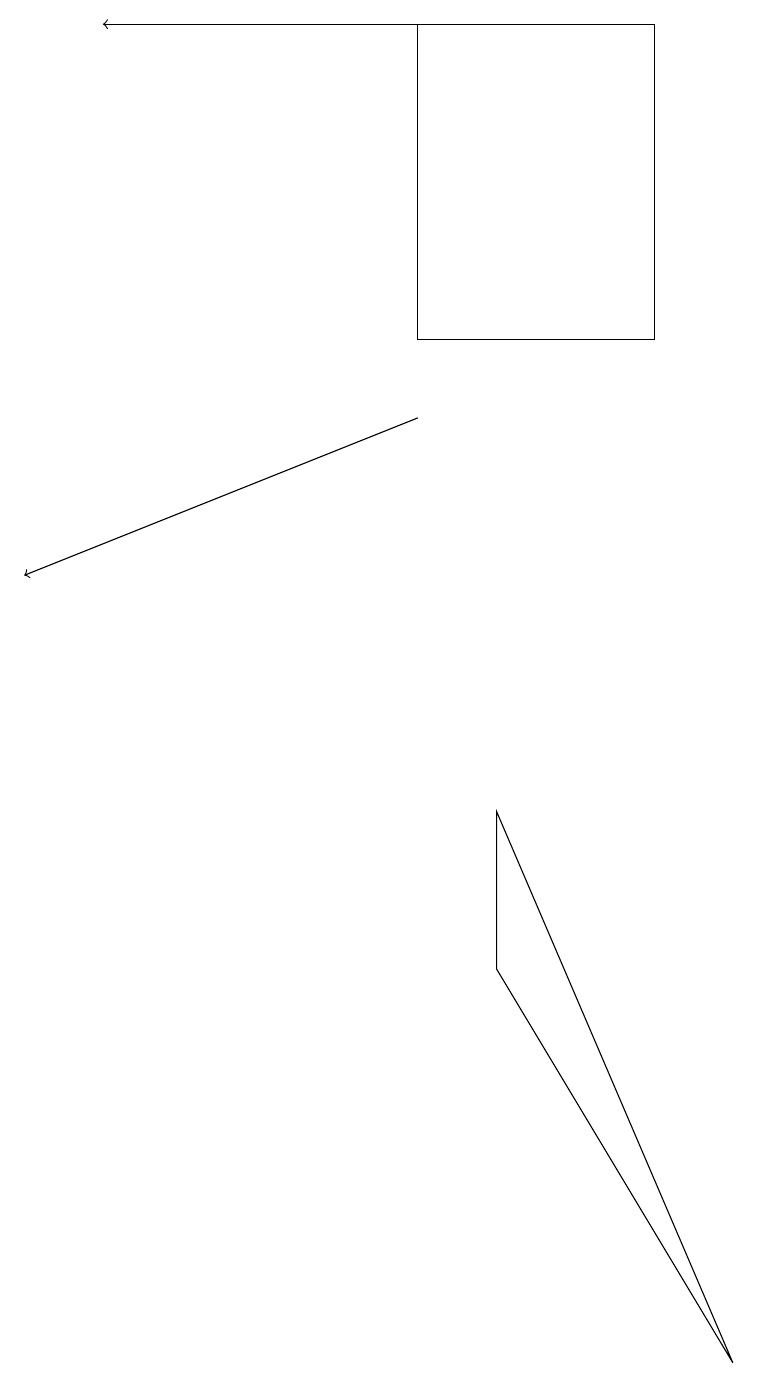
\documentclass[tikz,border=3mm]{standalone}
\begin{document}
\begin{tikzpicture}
\draw (8,14) rectangle (5,18);
\draw (6,8) -- (9,1) -- (6,6) -- cycle;
\draw[->] (5,13) -- (0,11);
\draw[->] (5,18) -- (1,18);
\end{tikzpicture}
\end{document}